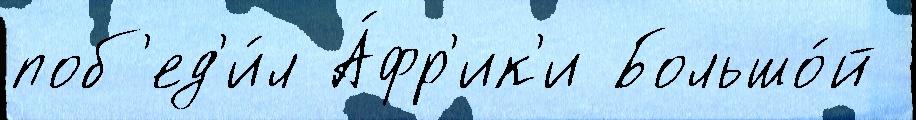
поб'ед'и́л А́фр'ик'и Большо́й